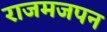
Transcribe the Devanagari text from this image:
राजमजपन